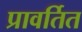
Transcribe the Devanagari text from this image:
प्रावर्तित